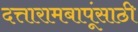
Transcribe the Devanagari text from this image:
दत्तारामबापूंसाठी